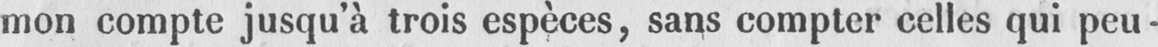
mon compte jusqu’à trois espèces, sans compter celles qui peu-